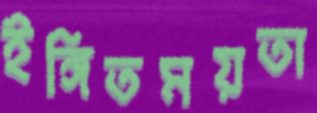
ইঙ্গিতময়তা